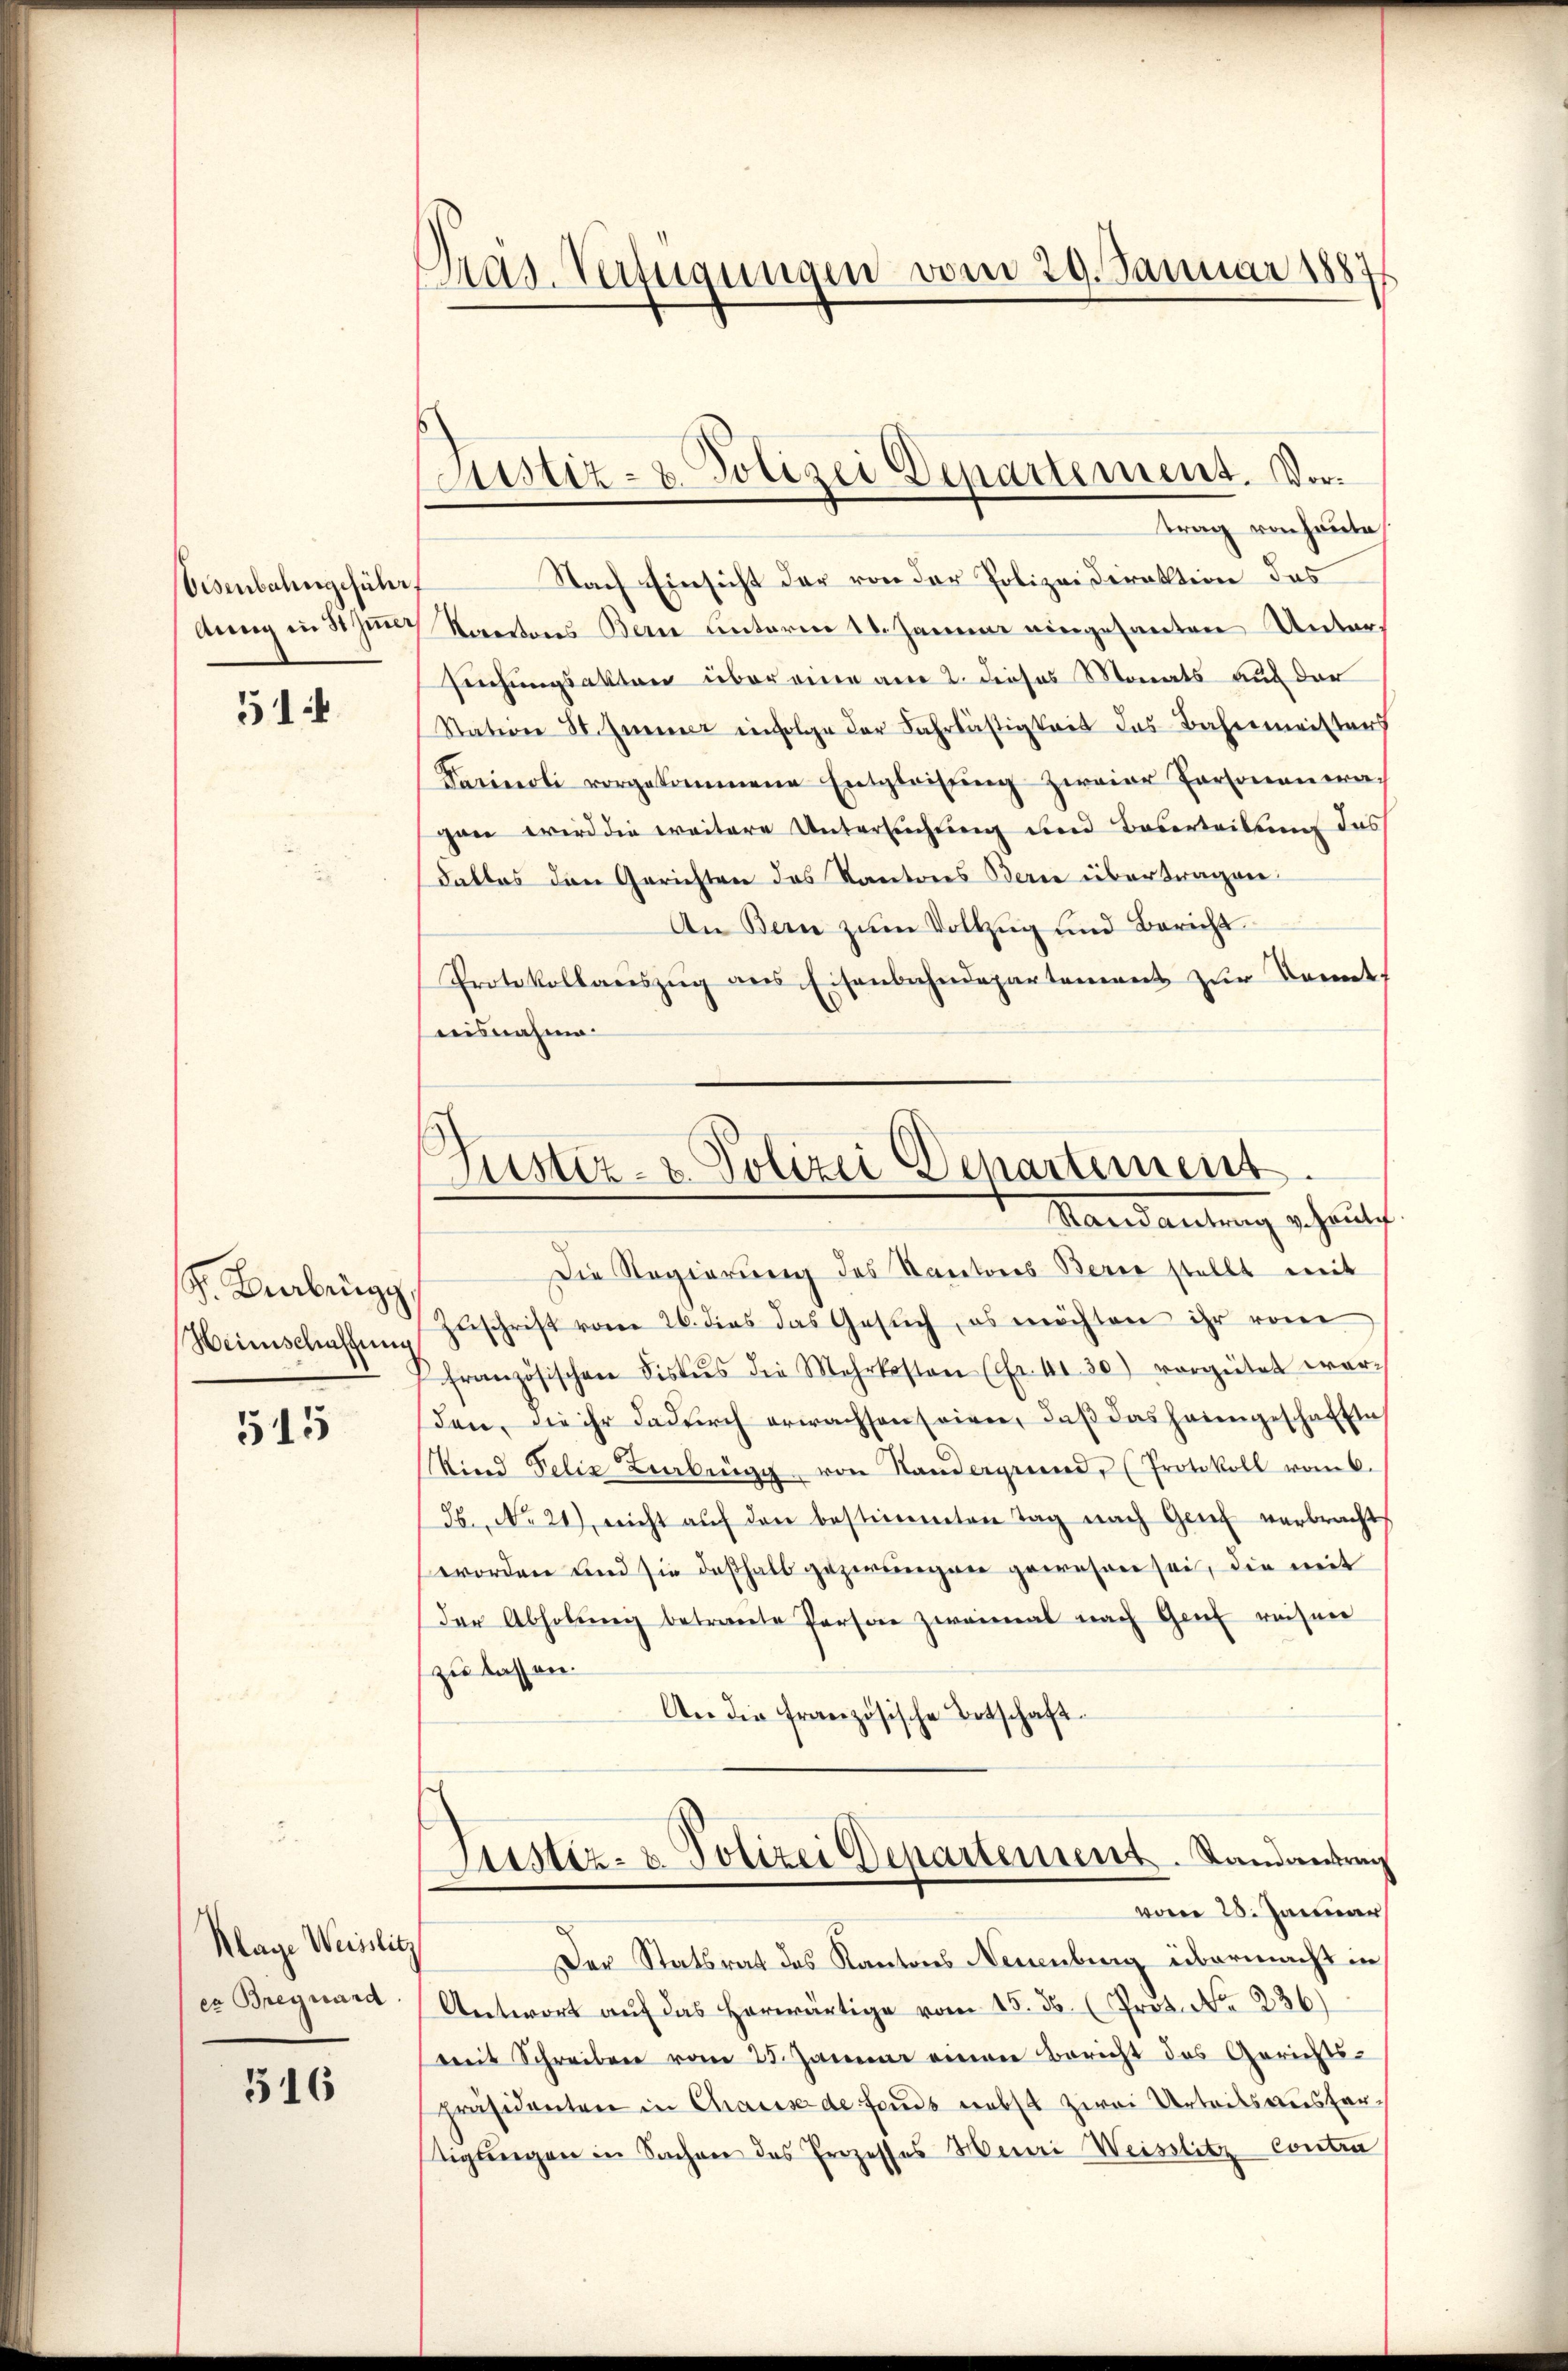
Eisenbahngeführt

51:

F. Bearbeige
Heimschaffung

515

Nach Einsicht der von der Polizeidirektion das
lung in 3 Jun. Kantons Bern unterm 11. Januar eingesanten Untersuchungsakten über eine am 2. Dieses Monats auf der
Station St. Immer einfolge der Fahrlästigkeit das Bahnmeisters
Darineoli vorgekommene Entgleitŭng zweier Personenera-
gan wird die weitere Untersuchung und Baserteilung das
Falles den Gerichten des Kantons Berne übertragen.
An Bern zum Vollzug und Bericht
Protokollaŭszŭg ans Eisenbahndepartement zŭr Kennt,
nisnahme.

Klage Weisslitz
er Breguard

516

Pras. Verfügungen vom 29. Januar 1884

ustiz- u. Polizei Departement. Vortrag von heute.

Justiz- & Polizei Departement.
Vandantung schaut.

Die Regierung des Kantores Berne stellt mit
Zŭschrift vom 26. dies das Gesŭch, es möchten ihr vom
französischen Fiskus die Mehrkosten (Fr. 41. 30) vorgütet war-
den, die ihr dadurch erwachsen seiner, daß das heimgeschaften
Kind Felix Beerbung von Standergruend, (Protokoll vom 6.
56. No 21), nicht aŭf den bestimmten Tag nach Genf verbracht
worden und sie deßhalb gezwungen gewesen sei, die mit
der Abholŭng betreute Persone zweimal nach Genf reisen
zu lassen.
An die französische Botschaft.
Justiz- & Polizei Departement. Randantrag
vom 28. Januar
Der Statsrat des Kantons Neuenburg übermacht in
Antwort aŭf das herwärtige vom 15. ds. (Prot. No 236)
mit Schreiben vom 25. Januar einen Bericht des Gerichts-
präsidenten in Chause de fonds nebst zwei Urteils ausfertigungen in Sachen des Prozesses Henri Weisslitz- Contra